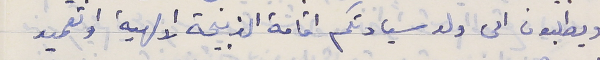
ويطلبون الى ولد سيادتكم اقامة الذبيحة الالهية او تعميد